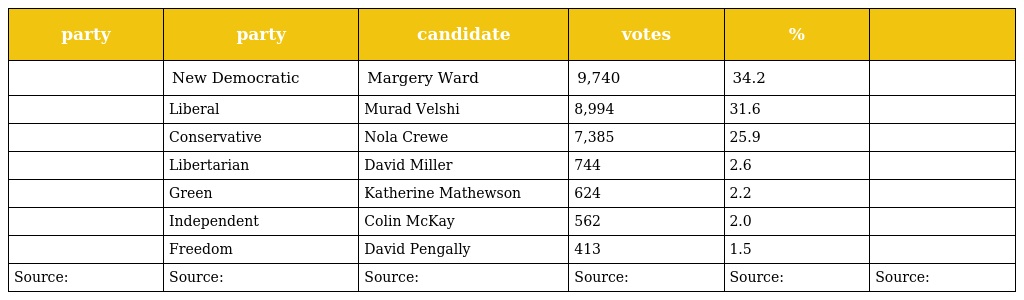
| party | party | candidate | votes | % |  |
 | --- | --- | --- | --- | --- | --- |
 |  | New Democratic | Margery Ward | 9,740 | 34.2 |  |
 |  | Liberal | Murad Velshi | 8,994 | 31.6 |  |
 |  | Conservative | Nola Crewe | 7,385 | 25.9 |  |
 |  | Libertarian | David Miller | 744 | 2.6 |  |
 |  | Green | Katherine Mathewson | 624 | 2.2 |  |
 |  | Independent | Colin McKay | 562 | 2.0 |  |
 |  | Freedom | David Pengally | 413 | 1.5 |  |
 | Source: | Source: | Source: | Source: | Source: | Source: |